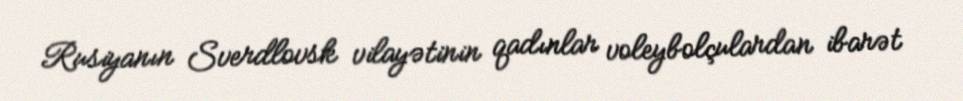
Rusiyanın Sverdlovsk vilayətinin qadınlar voleybolçulardan ibarət